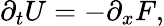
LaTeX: \partial_{t}U=-\partial_{x}F,